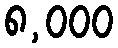
၈,၀၀၀